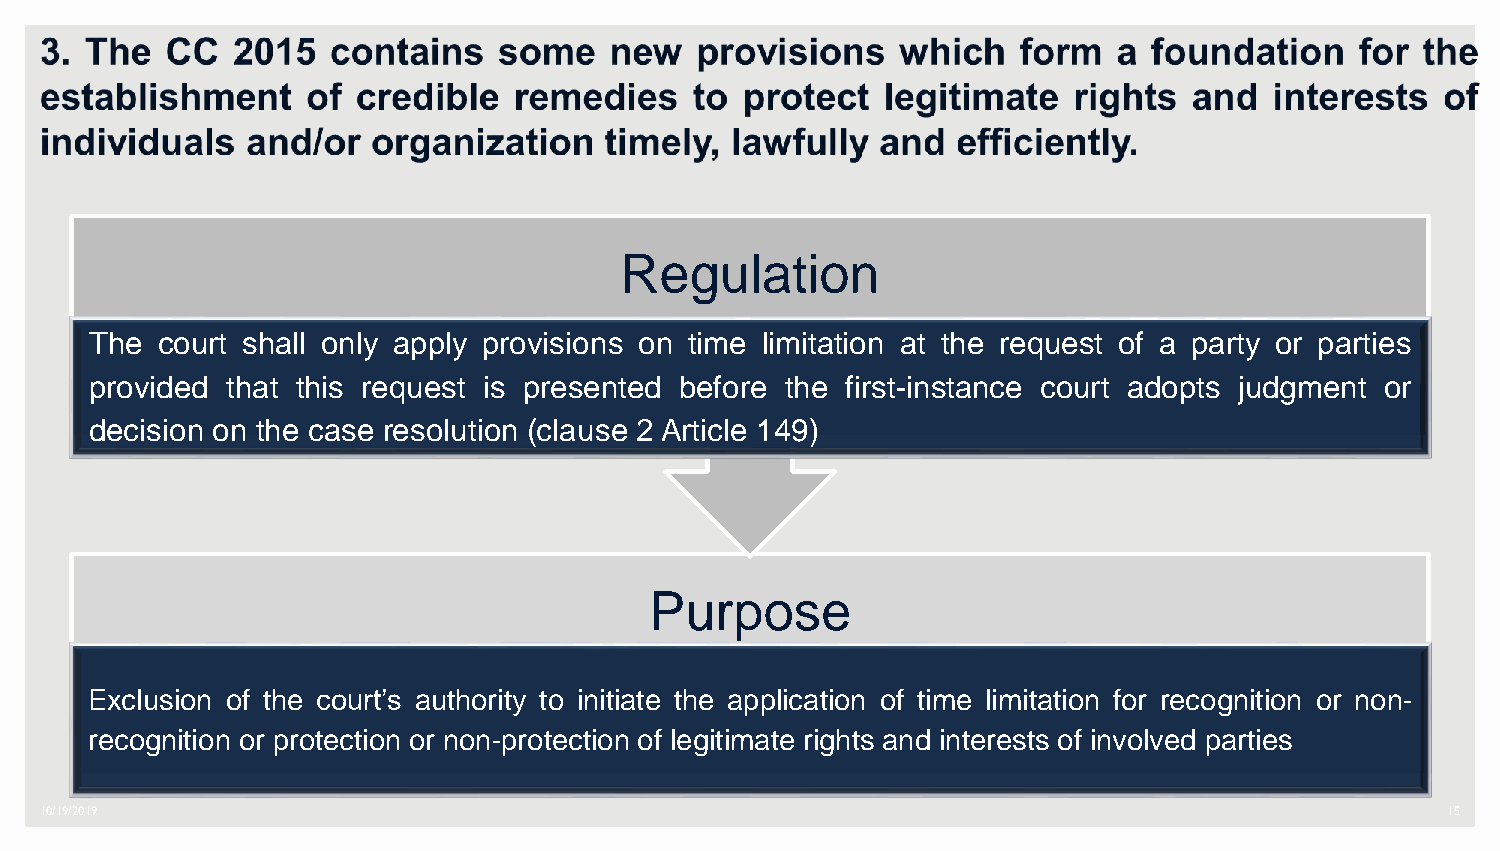
Regulation
 The court shall only apply provisions on time limitation at the request of a party or parties
 provided that this request is presented before the first-instance court adopts judgment or
 decision on the case resolution (clause 2 Article 149)
 Purpose
 Exclusion of the court’s authority to initiate the application of time limitation for recognition or non-
 recognition or protection or non-protection of legitimate rights and interests of involved parties
 10/19/2019                                                                                   15